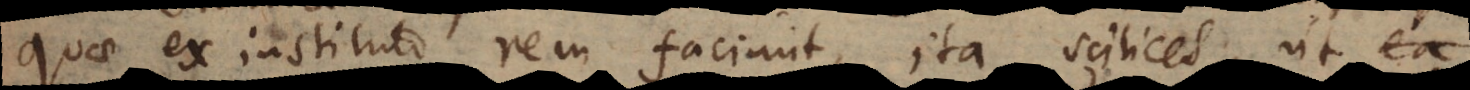
quae ex instituto rem faciunt, ita scilicet, ut